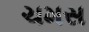
ચમસ